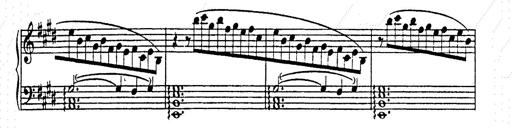
Title: AnnÃ©es de pÃ¨lerinage II
Composer: Franz Liszt